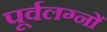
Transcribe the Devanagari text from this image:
पूर्वलग्नों